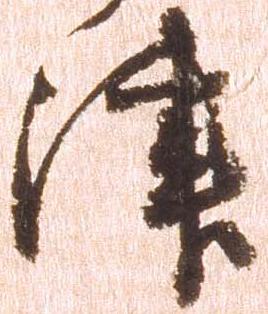
津